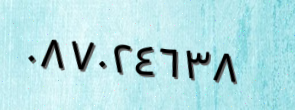
٠٨٧٠٢٤٦٣٨